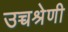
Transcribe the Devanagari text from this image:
उच्चश्रेणी